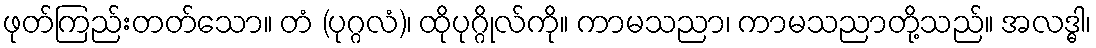
ဖုတ်ကြည်းတတ်သော။ တံ (ပုဂ္ဂလံ)၊ ထိုပုဂ္ဂိုလ်ကို။ ကာမသညာ၊ ကာမသညာတို့သည်။ အလဒ္ဓါ၊